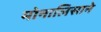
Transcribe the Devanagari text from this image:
मोनालिसाने